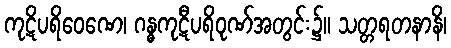
ကုဋိပရိဝေဏေ၊ ဂန္ဓကုဋီပရိဝုဏ်အတွင်း၌။ သတ္တရတနာနိ၊